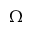
\Omega